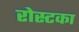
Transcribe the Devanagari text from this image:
रोस्टका